system: You are a helpful assistant.
user:
Analyze the provided spectrum to determine if it is a **"Cataclysmic Variables (CV)"**.

- **Key Indicators for CV (Check for either state):**
    - **State 1: Quiescent / Low-State (Emission-Dominated)**
        - **(Primary):** Strong and *very broad* Hydrogen Balmer emission lines (e.g., $H\alpha$ at 6563 Å, $H\beta$ at 4861 Å). The 'broadness' (high velocity dispersion, often FWHM > 1000 km/s) is the key diagnostic, indicating a high-velocity accretion disk.
        - **(Secondary):** Broad neutral Helium (He I) emission lines (e.g., 5876 Å, 6678 Å).
        - **(Key Confirmation):** Presence of high-excitation *ionized* Helium (He II) emission at 4686 Å. This is a strong indicator of accretion onto a white dwarf.
        - **(Line Profile):** Emission lines may exhibit a 'double-peaked' profile, which is a classic signature of a rotating accretion disk viewed at high inclination.

    - **State 2: Outburst / High-State (Absorption-Dominated)**
        - **(Primary):** Spectrum is dominated by a bright, blue continuum (looks like a hot star).
        - **(Secondary):** The emission lines from State 1 are weak, absent, or 'filled in', and are replaced by broad, shallow *absorption* lines (primarily Balmer and He I).
        - **(Morphology):** The overall spectrum mimics a hot B/A-type star. The crucial difference is that the absorption lines are significantly broader, shallower, and more 'washed-out' (or 'smeared') than the sharp lines of a normal stellar photosphere, due to high rotational speeds and pressure broadening in the disk.

Think first, call **spectral_visualization_tool** if needed to examine features in detail, then provide your final answer. Your response must adhere to the following strict rules:
1.  **Overall Structure:** Your response must follow the format `<think>...</think> <tool_call>...</tool_call> (if a tool is used) <answer>...</answer>`.
2.  **Tool Usage Constraint:** You may only make **one** tool call per turn.
3.  **Final Answer Format:** In the `<answer>` tag, your conclusion must be inside a `\boxed{}` command (e.g., `\boxed{YES}`), followed by your justification.

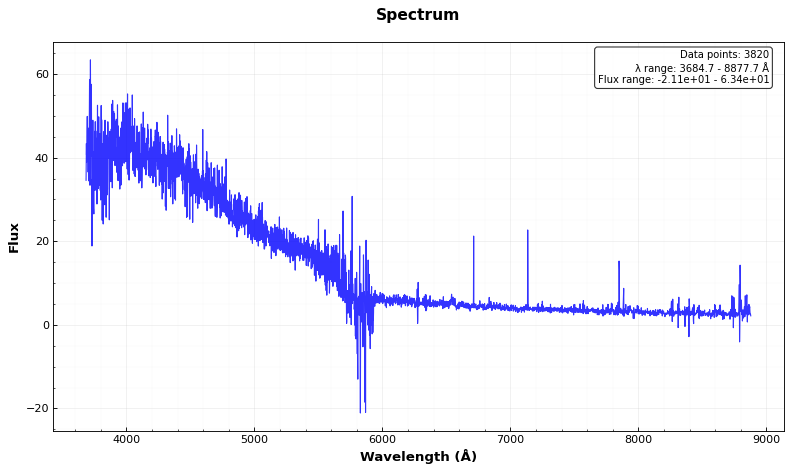
Answer: YES